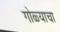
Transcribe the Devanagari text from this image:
गोळ्याचा